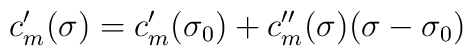
c_{m}'(\sigma )=c_{m}'(\sigma _{0})+c_{m}''(\sigma )(\sigma -\sigma _{0})